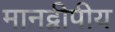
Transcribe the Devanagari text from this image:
मानद्वीपीय